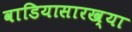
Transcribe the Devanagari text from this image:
वाडियासारख्या